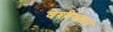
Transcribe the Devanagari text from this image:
वेशीवरून